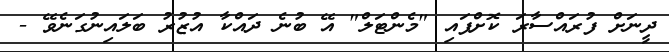
ދީނަށް ފުރައްސާރަ ކޮށްފައި "މެންޓަލް" އޭ ބުނެ ދައްކާ އުޒުރު ބަލައިނުގަނެވޭ -